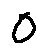
o